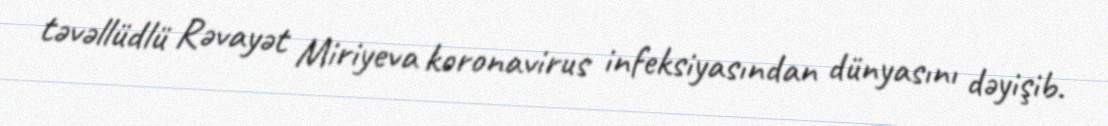
təvəllüdlü Rəvayət Miriyeva koronavirus infeksiyasından dünyasını dəyişib.